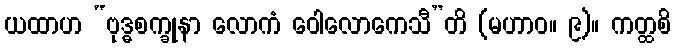
ယထာဟ “ဗုဒ္ဓစက္ခုနာ လောကံ ဝေါလောကေသီ”တိ (မဟာဝ။ ၉)။ ကတ္ထစိ